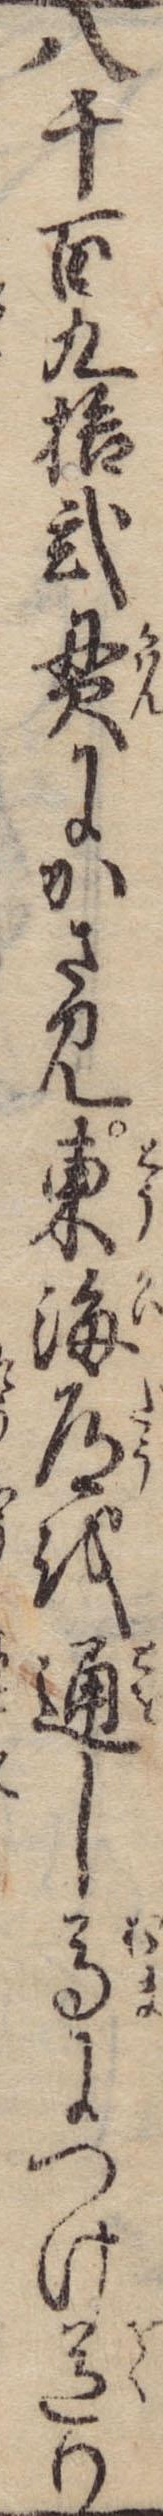
八千百九拾弐貫にかさみ東海道を通し馬につけ送り